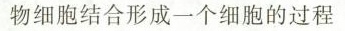
物细胞结合形成一个细胞的过程